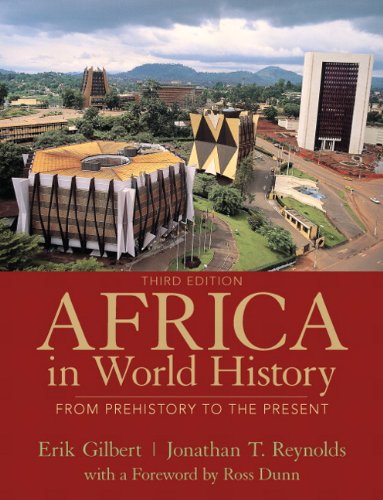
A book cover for Africa in World  History (3rd Edition); Erik T. Gilbert; History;